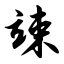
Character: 竦